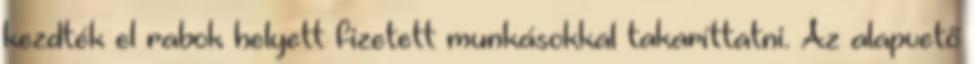
kezdték el rabok helyett fizetett munkásokkal takaríttatni. Az alapvető